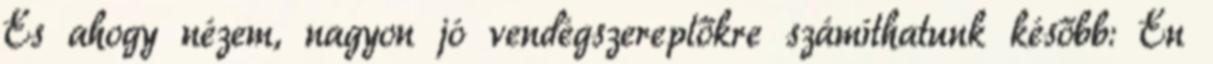
És ahogy nézem, nagyon jó vendégszereplőkre számíthatunk később: Én